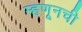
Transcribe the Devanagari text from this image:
म्हणूनची